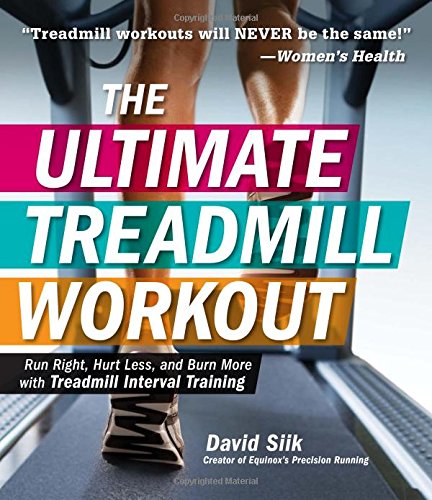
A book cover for The Ultimate Treadmill Workout: Run Right, Hurt Less, and Burn More with Treadmill Interval Training; David Siik; Health, Fitness & Dieting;